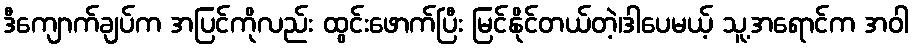
ဒီကျောက်ချပ်က အပြင်ကိုလည်း ထွင်းဖောက်ပြီး မြင်နိုင်တယ်တဲ့၊ဒါပေမယ့် သူ့အရောင်က အဝါ